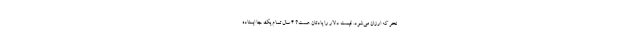
نخر که ارزان می‌شود. قیمت دلار را یادتان هست؟ 4 سال تمام یک جا ایستاده